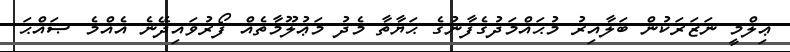
ޢިލްމީ ނަޒަރަކުން ބަލާއިރު މުޙައްމަދުގެފާނުގެ ޙަޔާތާ މެދު މަޢުލޫމާތެއް ފޯރުވައިދޭނެ އެއްމެ ޞައްޙަ